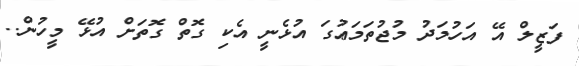
ފަޒީލް އޭ އަހުމަދު މުޖުތަމަޢުގަ އުޅެނީ އެކި ގޮތް ގޮތަށް އުޅޭ މީހުން..